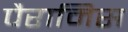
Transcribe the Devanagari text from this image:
पैरामिस